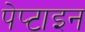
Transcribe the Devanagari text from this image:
पेप्टाइन